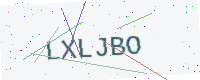
Text: LXLJBO